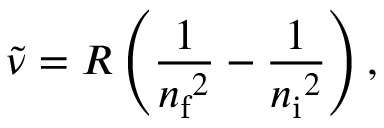
{ \tilde { \nu } } = R \left( { \frac { 1 } { { n _ { \mathrm { f } } } ^ { 2 } } } - { \frac { 1 } { { n _ { \mathrm { i } } } ^ { 2 } } } \right) ,